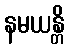
နမယန္တိ